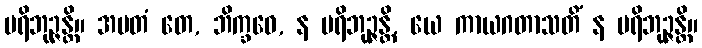
ပရိဘုဉ္ဇန္တိ။ အမတံ တေ, ဘိက္ခဝေ, န ပရိဘုဉ္ဇန္တိ, ယေ ကာယဂတာသတိံ န ပရိဘုဉ္ဇန္တိ။